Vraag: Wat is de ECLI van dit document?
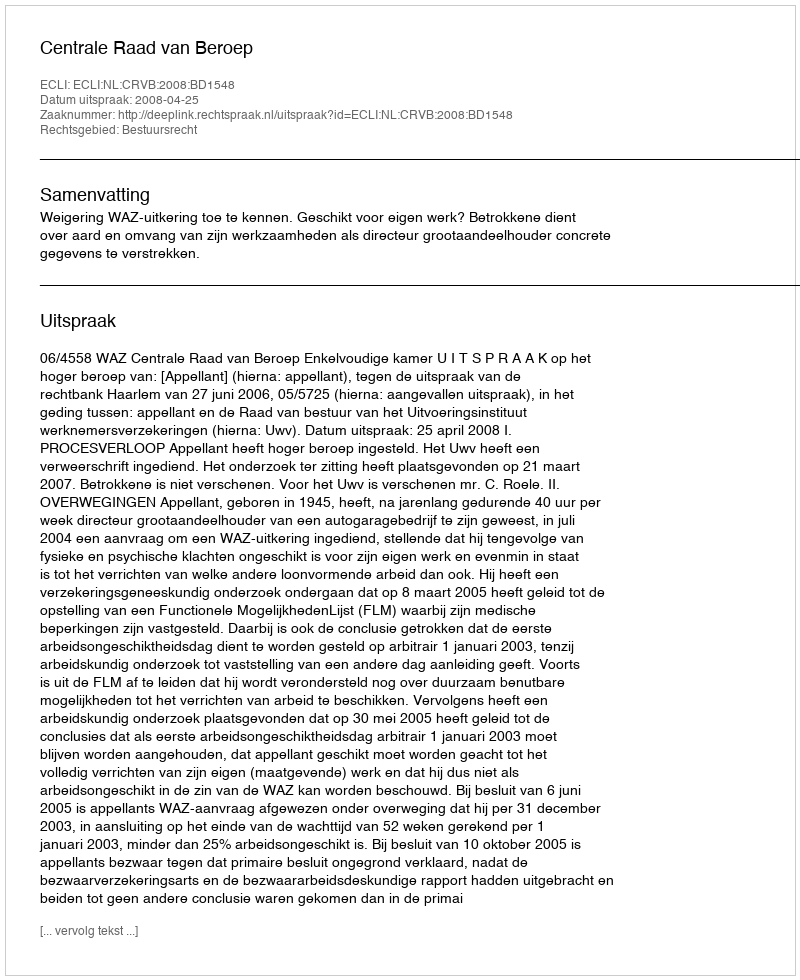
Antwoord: ECLI:NL:CRVB:2008:BD1548